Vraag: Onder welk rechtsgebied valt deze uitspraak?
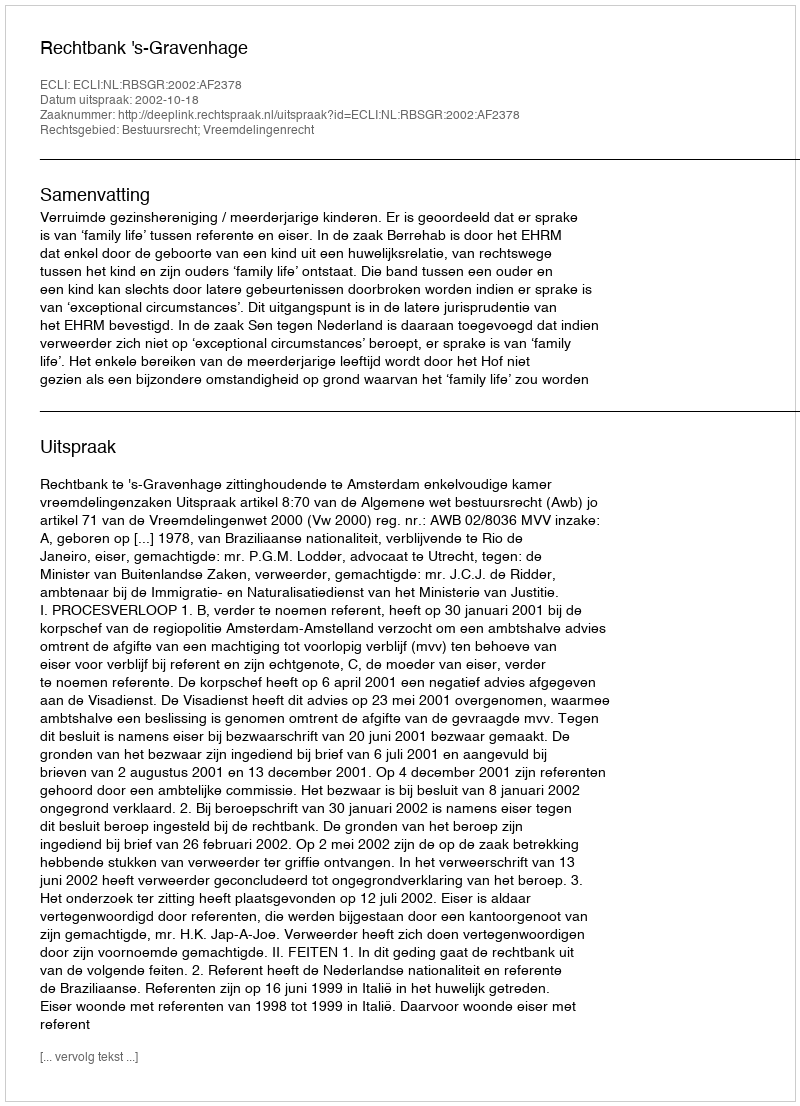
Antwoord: Bestuursrecht; Vreemdelingenrecht